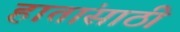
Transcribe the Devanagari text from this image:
हातांसाठी